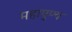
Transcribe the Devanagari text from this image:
महापुण्य